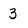
Character: 3